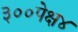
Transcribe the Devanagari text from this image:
३००पेक्ष४